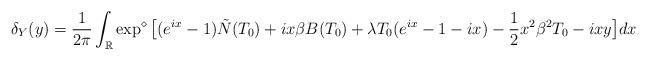
LaTeX: \begin{align*} \delta_Y(y)=\frac{1}{2\pi}\int_{\mathbb{R}}\exp^{\diamond}\big[(e^{ix}-1)\tilde{N}(T_0)+i x \beta B(T_0)+\lambda T_0 (e^{ix}-1-ix)-\frac{1}{2}x^2 \beta^2 T_0-ixy\big]dx\end{align*}